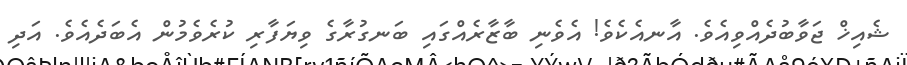
ޝެއިޚް ޖަވާބުދެއްވިއެވެ. އާނއެކެވެ! އެވެނި ބާޒާރެއްގައި ބަނގުރާގެ ވިޔަފާރި ކުރެވެމުން އެބަދެއެވެ. އަދި